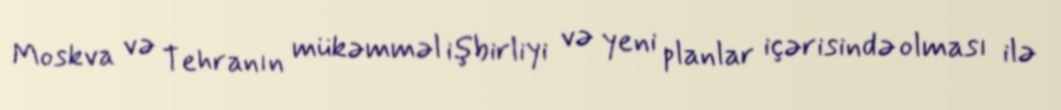
Moskva və Tehranın mükəmməl işbirliyi və yeni planlar içərisində olması ilə